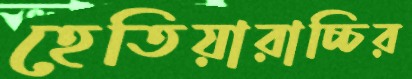
হেতিয়ারাচ্চির